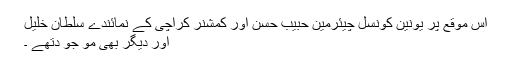
اس موقع پر یونین کونسل چیئرمین حبیب حسن اور کمشنر کراچی کے نمائندے سلطان خلیل
اور دیگر بھی مو جو دتھے ۔